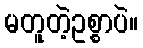
မတူတဲ့ဥစ္စာပဲ။